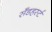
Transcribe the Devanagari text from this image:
सॅँडहर्स्ट